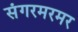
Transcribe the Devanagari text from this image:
संगरमरमर